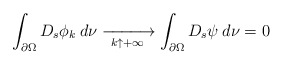
\begin{align*}\int_{\partial\Omega}D_s\phi_k\:d\nu\xrightarrow[\ k\uparrow+\infty\ ]{}\int_{\partial\Omega}D_s\psi\:d\nu=0\end{align*}